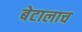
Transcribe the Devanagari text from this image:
बेटालाच